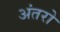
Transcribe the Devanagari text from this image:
अंतरो